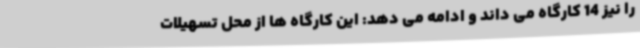
را نیز 14 کارگاه می داند و ادامه می دهد: این کارگاه ها از محل تسهیلات